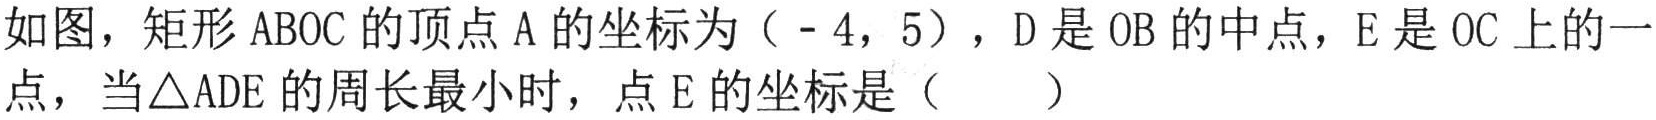
如图，矩形$ABOC$的顶点$A$的坐标为$(-4,5)$，$D$是$OB$的中点，$E$是$OC$上的一点，当$\triangle ADE$的周长最小时，点$E$的坐标是（  ）